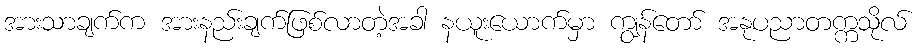
အားသာချက်က အားနည်းချက်ဖြစ်လာတဲ့အခါ နယူးယောက်မှာ ကျွန်တော် အနုပညာတက္ကသိုလ်